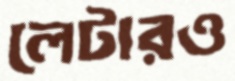
লেটারও